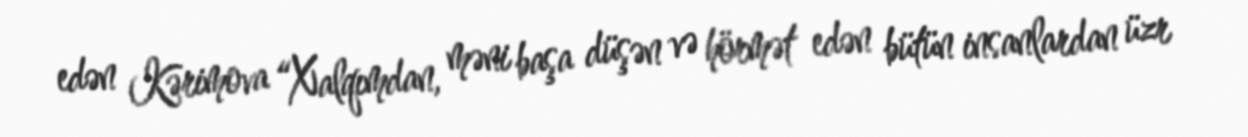
edən Kərimova “Xalqımdan, məni başa düşən və hörmət edən bütün insanlardan üzr